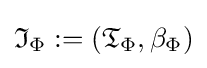
{\mathfrak {I}}_{\Phi }:=({\mathfrak {T}}_{\Phi },\beta _{\Phi })